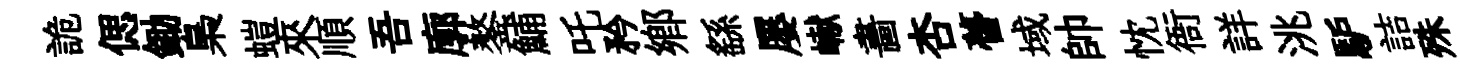
詭偲鋤梟螘來順吾廓鏊鯆吒矜鄕繇屡𪩘畵杏瞢域帥忱衙詳洮馿詰殊